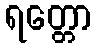
ရတ္တော